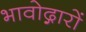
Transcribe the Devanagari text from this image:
भावोद्गारों